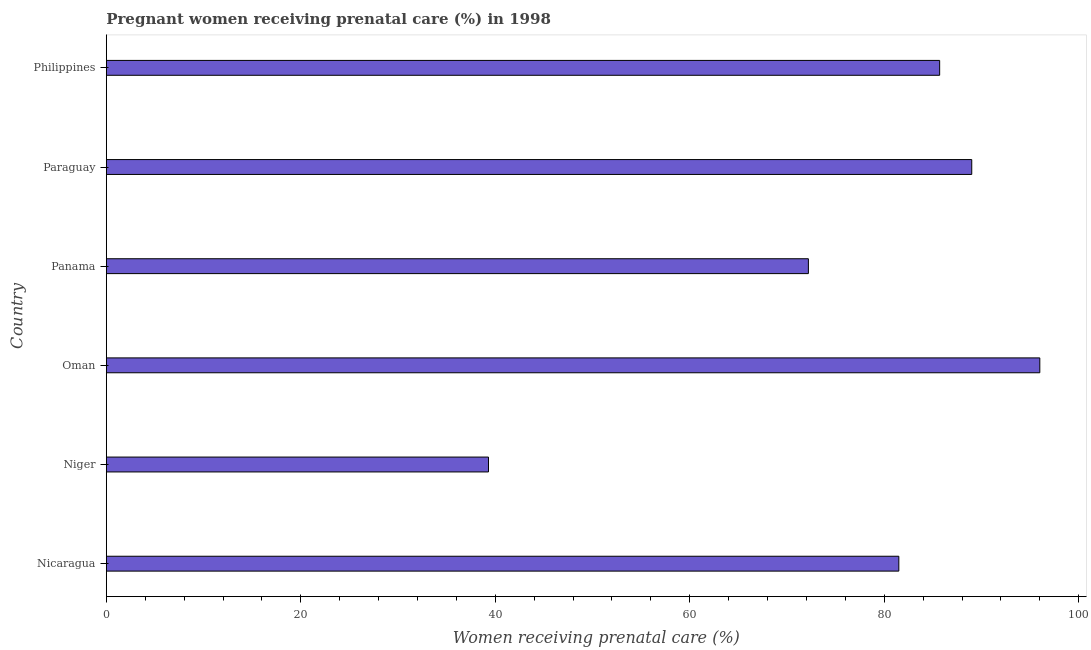
| Country | Pregnant women receiving prenatal care |
 | --- | --- |
 | Nicaragua | 81.5 |
 | Niger | 39.3 |
 | Oman | 96 |
 | Panama | 72.2 |
 | Paraguay | 89 |
 | Philippines | 85.7 |